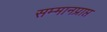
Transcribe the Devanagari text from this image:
सम्मानप्राप्त